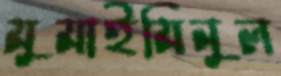
মুমাইমিনুল